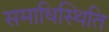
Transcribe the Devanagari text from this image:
समाधिस्थिति